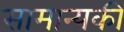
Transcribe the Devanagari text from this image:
सामान्यकी